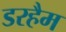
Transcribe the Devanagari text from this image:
डरहैम